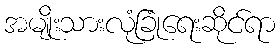
အမျိုးသားလုံခြုံရေးဆိုင်ရာ